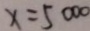
x = 5 0 0 0